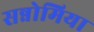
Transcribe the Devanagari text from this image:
सन्नोमिया